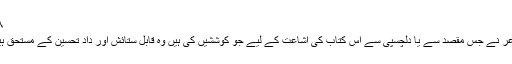
۶۸)
شاعر نے جس مقصد سے یا دلچسپی سے اس کتاب کی اشاعت کے لیے جو کوششیں کی ہیں وہ قابلِ ستائش اور دادِ تحسین کے مستحق ہیں ۔